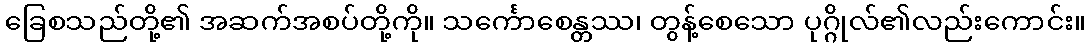
ခြေစသည်တို့၏ အဆက်အစပ်တို့ကို။ သင်္ကောစေန္တဿ၊ တွန့်စေသော ပုဂ္ဂိုလ်၏လည်းကောင်း။